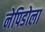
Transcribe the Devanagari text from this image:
नेपिडोला